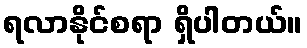
ရလာနိုင်စရာ ရှိပါတယ်။